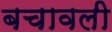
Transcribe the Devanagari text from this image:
बचावली